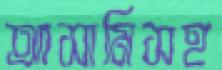
আসামিসহ